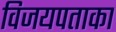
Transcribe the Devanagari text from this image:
विजयपताका